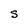
Character: S